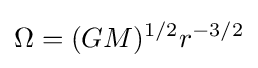
\Omega =(GM)^{1/2}r^{-3/2}